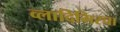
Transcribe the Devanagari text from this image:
व्लादिमिरचा